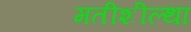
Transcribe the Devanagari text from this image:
मतीशील्था